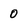
Character: 0